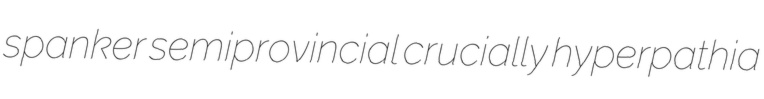
spanker semiprovincial crucially hyperpathia